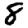
Digit: 8